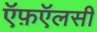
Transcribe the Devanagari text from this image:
ऍफ़ऍलसी